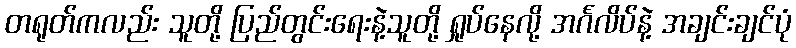
တရုတ်ကလည်း သူတို့ ပြည်တွင်းရေးနဲ့သူတို့ ရှုပ်နေလို့ အင်္ဂလိပ်နဲ့ အချင်းချင်ပုံ